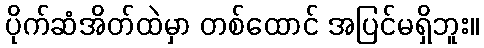
ပိုက်ဆံအိတ်ထဲမှာ တစ်ထောင် အပြင်မရှိဘူး။